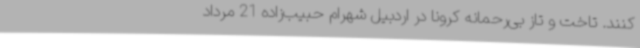
کنند. تاخت و تاز بی‌رحمانه کرونا در اردبیل شهرام حبیب‌زاده 21 مرداد